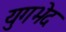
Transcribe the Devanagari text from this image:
युगभेद